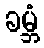
ခမ္ဘံ